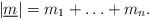
LaTeX: \begin{align*}|\underline m|=m_1+\ldots+m_n.\end{align*}